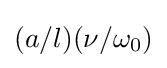
(a/l)(\nu /\omega _{0})